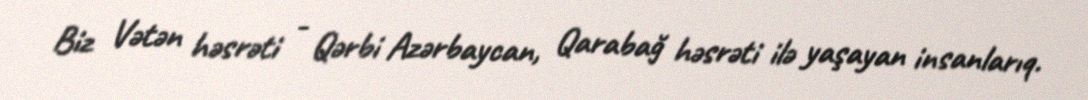
Biz Vətən həsrəti - Qərbi Azərbaycan, Qarabağ həsrəti ilə yaşayan insanlarıq.